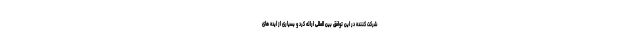
شرکت کننده در این توافق بین المللی ارائه کرد و بسیاری از ایده های